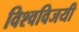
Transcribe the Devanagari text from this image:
विश्वविजयी